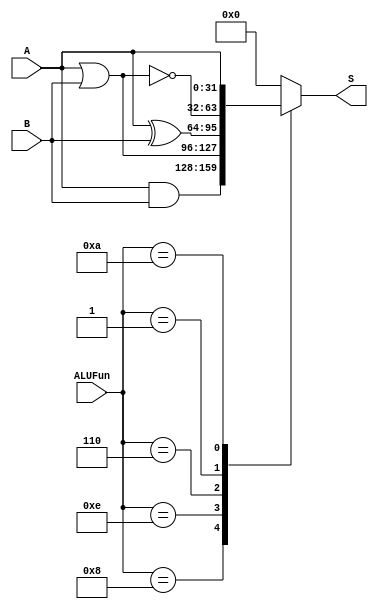
module Logic(A,B,ALUFun,S);
  input [31:0] A;
  input [31:0] B;
  input [3:0] ALUFun;
  output reg [31:0] S;
  
  always@(*)
  case(ALUFun)
    4'b1000:S=A&B;
    4'b1110:S=A|B;
    4'b0110:S=A^B;
    4'b0001:S=~(A|B);
    4'b1010:S=A;
    default:S=0;
  endcase
  
endmodule